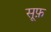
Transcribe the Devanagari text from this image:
सूफ़